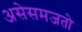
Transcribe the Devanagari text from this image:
असेसमजतो